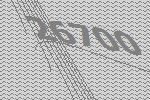
26700